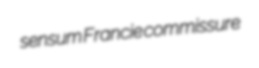
sensum Francie commissure